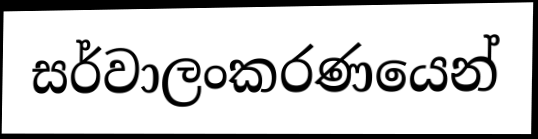
සර්වාලංකරණයෙන්